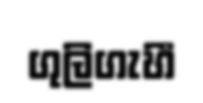
ගුලිගැහී